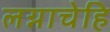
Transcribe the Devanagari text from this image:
लग्नाचेहि